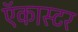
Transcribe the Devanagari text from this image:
ऍकास्टर